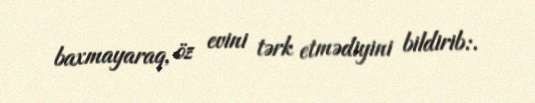
baxmayaraq, öz evini tərk etmədiyini bildirib:.